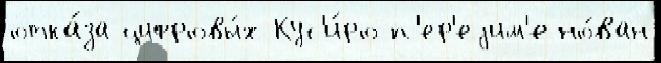
отка́за цифровы́х Кус'и́ро п'ер'еjим'ено́ван